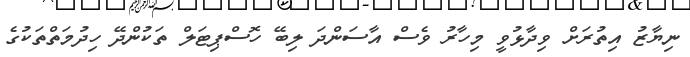
ނިޔާޒު އިތުރަށް ވިދާޅުވީ މިހާރު ވެސް އާސަންދަ ލިބޭ ހޮސްޕިޓަލް ތަކުންދޭ ހިދުމަތްތަކުގެ